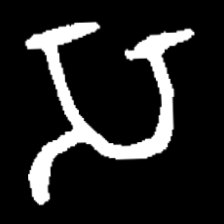
Pyu character \u2014 Myanmar letter: သ (romanized: sa)